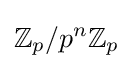
\mathbb {Z} _{p}/p^{n}\mathbb {Z} _{p}